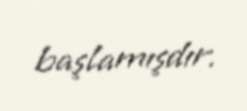
başlamışdır.